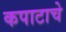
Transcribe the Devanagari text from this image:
कपाटाचे